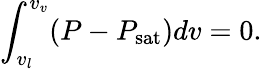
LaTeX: \int_{v_{l}}^{v_{v}}(P-P_{\mathrm{sat}})dv=0.